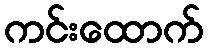
ကင်းထောက်